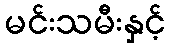
မင်းသမီးနှင့်